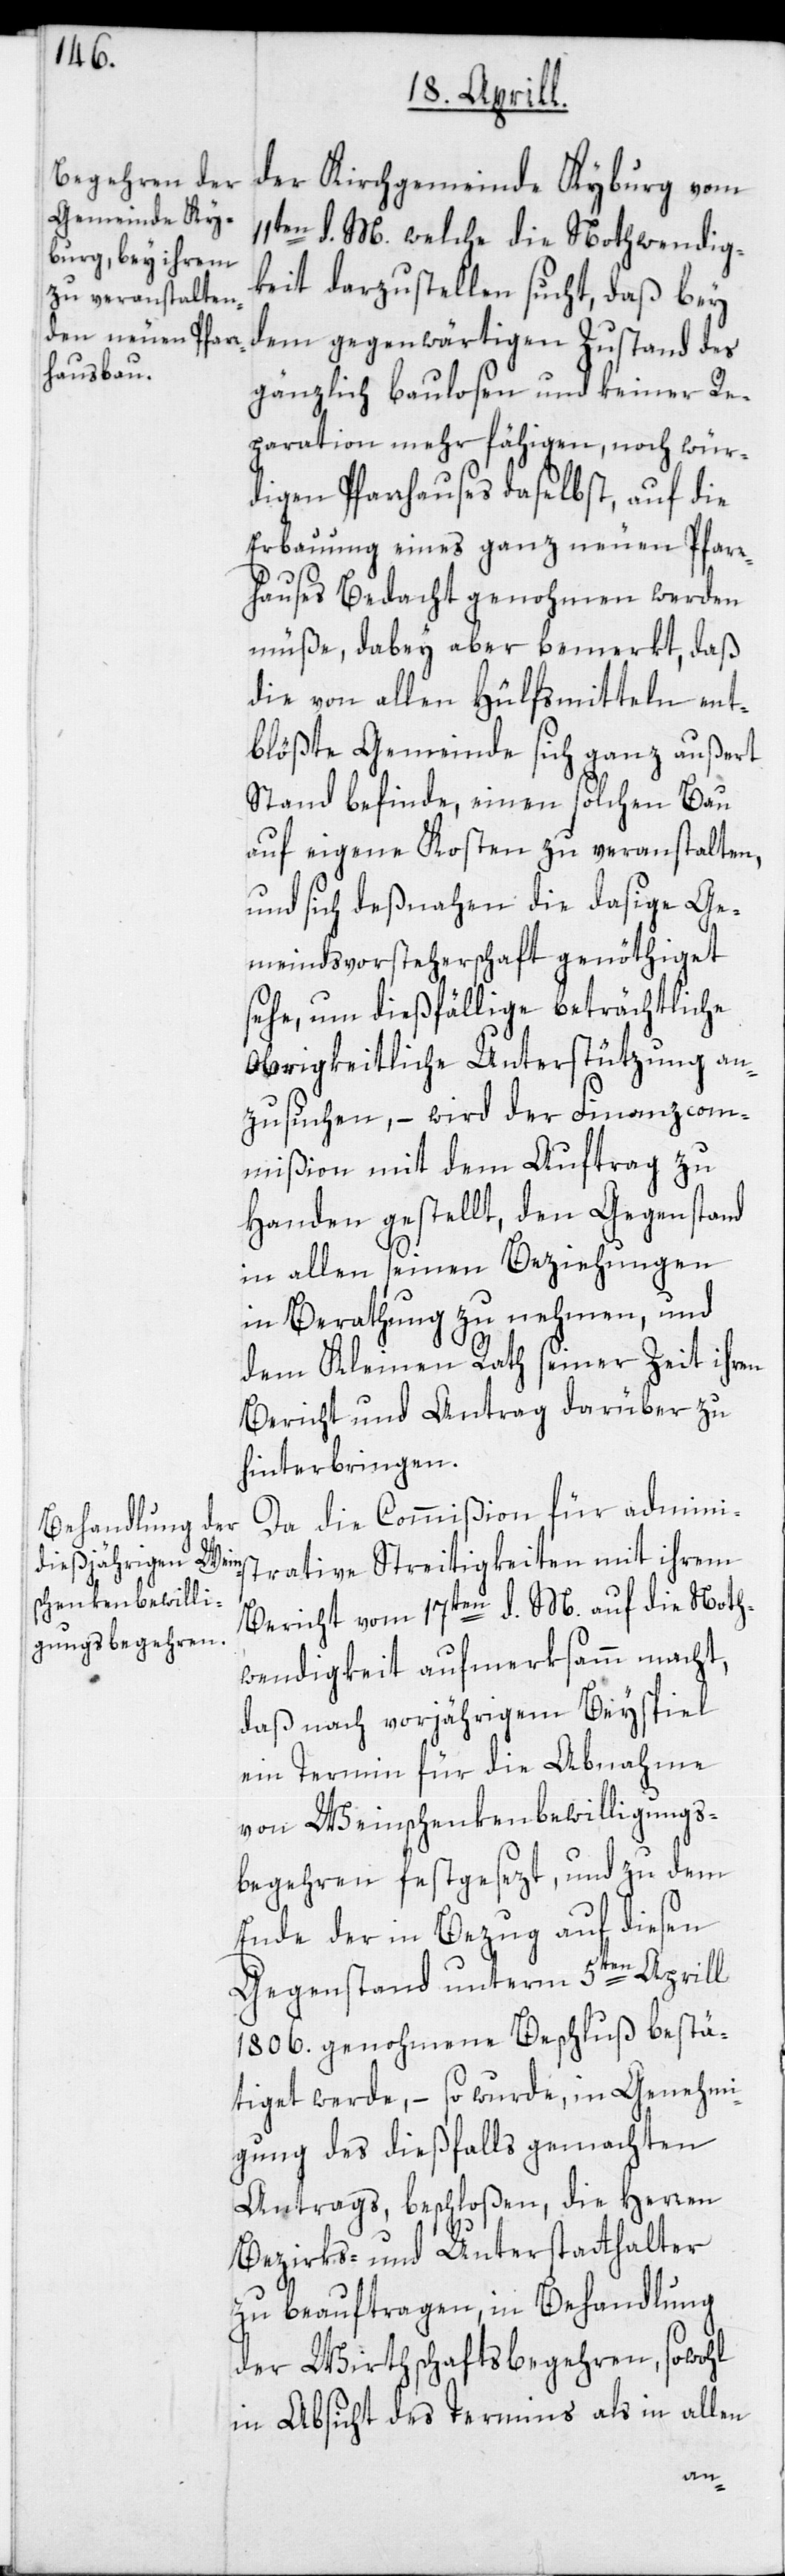
der Kirchgemeinde Kyburg vom
11ten d. M., welche die Nothwendig¬
keit darzustellen sucht, daß bey
dem gegenwärtigen Zustand des
gänzlich baulosen und keiner Re¬
paration mehr fähigen, noch wür¬
digen Pfarrhauses daselbst, auf die
Erbauung eines ganz neuen Pfarr¬
hauses Bedacht genohmen werden
müße, dabey aber bemerkt, daß
die von allen Hülfsmitteln ent¬
blößte Gemeinde sich ganz außert
Stand befinde, einen solchen Bau
auf eigene Kosten zu veranstalten,
und sich deßnahen die dasige Ge¬
meindsvorsteherschaft genöthiget
sehe, um dießfällige beträchtliche
Obrigkeitliche Unterstützung an¬
zusuchen, – wird der Finanzcom¬
mißion mit dem Auftrag zu
Handen gestellt, den Gegenstand
in allen seinen Beziehungen
in Berathung zu nehmen, und
dem Kleinen Rath seiner Zeit ihren
Bericht und Antrag darüber zu
hinterbringen.
Da die Commißion für admini¬
strative Streitigkeiten mit ihrem
Bericht vom 17ten d. M. auf die Noth¬
wendigkeit aufmerksamm macht,
daß nach vorjährigem Beyspiel
ein Termin für die Abnahme
von Weinschenkenbewilligungs¬
begehren festgesezt, und zu dem
Ende der in Bezug auf diesen
Gegenstand unterm 5ten Aprill
1806. genohmene Beschluß bestä¬
tiget werde, – so wurde, in Genehmi¬
gung des dießfalls gemachten
Antrags, beschloßen, die Herren
Bezirks- und Unterstatthalter
zu beauftragen, in Behandlung
der Wirthschaftsbegehren, sowohl
in Absicht des Termins als in allen